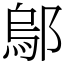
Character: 鄔